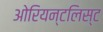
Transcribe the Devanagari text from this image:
ओरियन्टलिस्ट